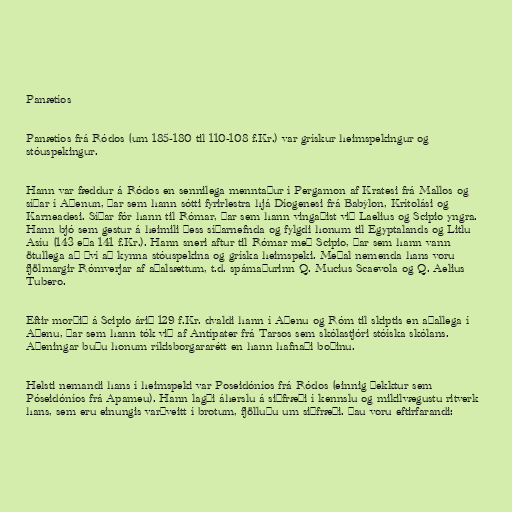
Panætíos

Panætíos frá Ródos (um 185-180 til 110-108 f.Kr.) var grískur heimspekingur og
stóuspekingur.

Hann var fæddur á Ródos en sennilega menntaður í Pergamon af Kratesi frá Mallos og
síðar í Aþenun, þar sem hann sótti fyrirlestra hjá Díogenesi frá Babýlon, Krítolási og
Karneadesi. Síðar fór hann til Rómar, þar sem hann vingaðist við Laelius og Scipio yngra.
Hann bjó sem gestur á heimili þess síðarnefnda og fylgdi honum til Egyptalands og Litlu
Asíu (143 eða 141 f.Kr.). Hann sneri aftur til Rómar með Scipio, þar sem hann vann
ötullega að því að kynna stóuspekina og gríska heimspeki. Meðal nemenda hans voru
fjölmargir Rómverjar af aðalsættum, t.d. spámaðurinn Q. Mucius Scaevola og Q. Aelius
Tubero.

Eftir morðið á Scipio árið 129 f.Kr. dvaldi hann í Aþenu og Róm til skiptis en aðallega í
Aþenu, þar sem hann tók við af Antípater frá Tarsos sem skólastjóri stóíska skólans.
Aþeningar buðu honum ríkisborgararétt en hann hafnaði boðinu.

Helsti nemandi hans í heimspeki var Poseidóníos frá Ródos (einnig þekktur sem
Póseidóníos frá Apameu). Hann lagði áherslu á siðfræði í kennslu og mikilvægustu ritverk
hans, sem eru einungis varðveitt í brotum, fjölluðu um siðfræði. Þau voru eftirfarandi: